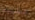
عليه